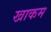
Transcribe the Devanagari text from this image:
खाकम